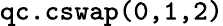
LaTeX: {\texttt{qc.cswap(0,1,2)}}